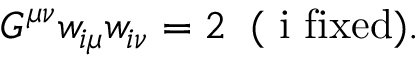
G ^ { \mu \nu } w _ { i \mu } w _ { i \nu } = 2 \; \; ( \mathrm { ~ i ~ f i x e d } ) .